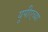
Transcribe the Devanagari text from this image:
यूपीएच्या